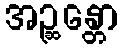
အဉ္ဆန္တော